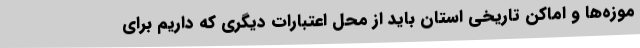
موزه‌ها و اماکن تاریخی استان باید از محل اعتبارات دیگری که داریم برای